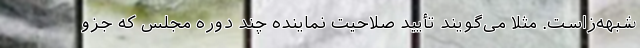
شبهه‌زاست. مثلاً می‌گویند تأیید صلاحیت نماینده چند دوره مجلس که جزو